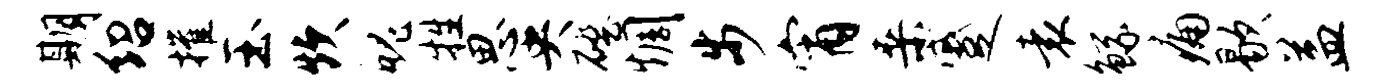
期绍摧玉炊魄牲思央磴惆步宵桑蹙袁鲧痛歇益